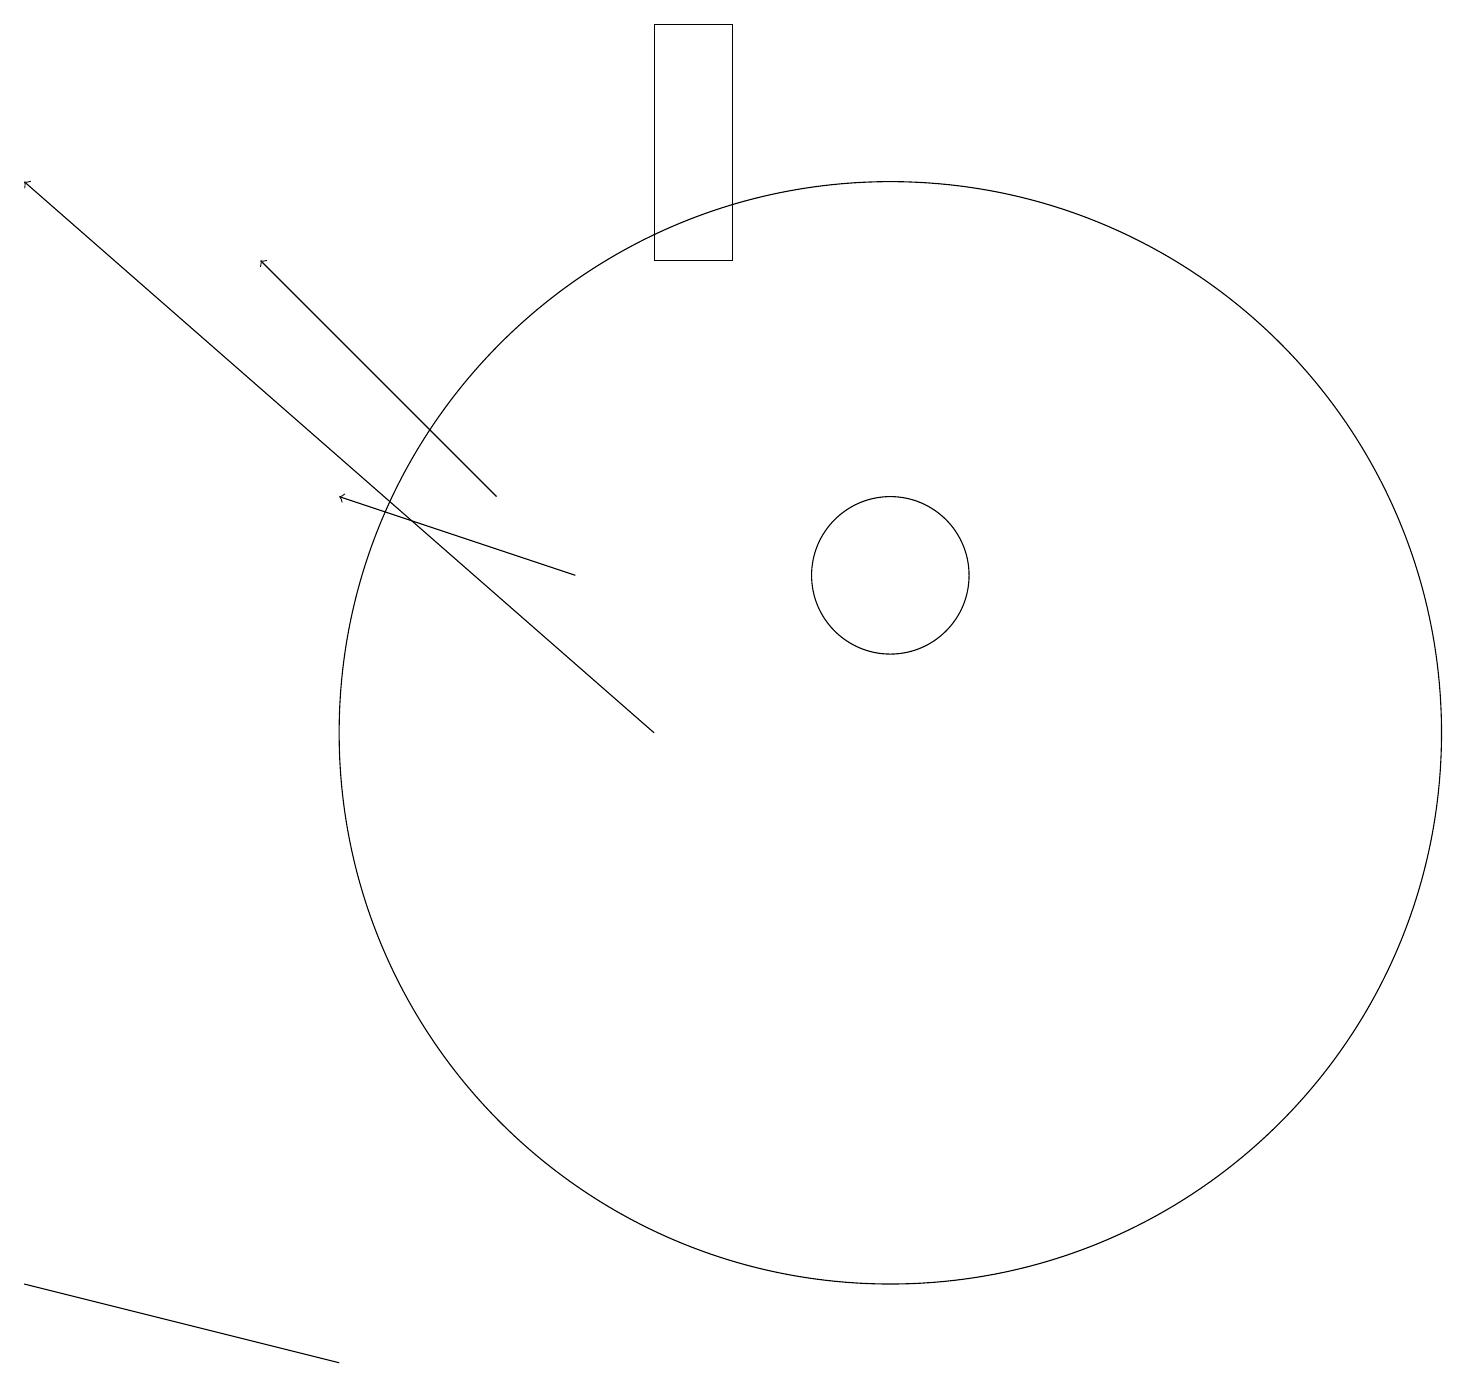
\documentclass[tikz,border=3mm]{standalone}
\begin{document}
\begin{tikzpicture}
\draw (11,12) circle (1);
\draw (0,3) -- (4,2) -- (0,3) -- cycle;
\draw (9,19) rectangle (8,16);
\draw (11,10) circle (7);
\draw[->] (7,12) -- (4,13);
\draw[->] (6,13) -- (3,16);
\draw[->] (8,10) -- (0,17);
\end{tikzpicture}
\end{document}